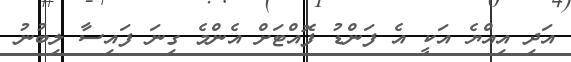
އަދި އިއްޔެ އަކީ އެ ފަންޑު ފޮއްޓަށް އެންމެ ގިނަ ފައިސާ ލިބުނު